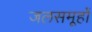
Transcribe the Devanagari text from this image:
जलसमूहों